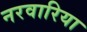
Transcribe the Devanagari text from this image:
नरवारिया